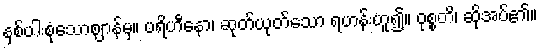
နှစ်ပါးစုံသောဈာန်မှ။ ပရိဟီနော၊ ဆုတ်ယုတ်သော ရဟန်းဟူ၍။ ဝုစ္စတိ၊ ဆိုအပ်၏။